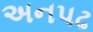
અનપઢ